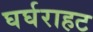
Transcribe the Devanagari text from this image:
घर्घराहट